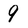
Character: 9